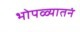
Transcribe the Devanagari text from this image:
भोपळ्यातनं